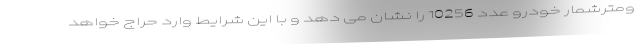
ومترشمار خودرو عدد 10256 را نشان می دهد و با این شرایط وارد حراج خواهد